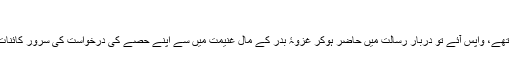
[5]
جنگ بدرکے موقع پر حضرت طلحہ ؓ کسی خاص مہم پر مامور ہوکر ملک شام تشریف لے گئے تھے، واپس آئے تو دربارِ رسالت میں حاضر ہوکر غزوۂ بدر کے مالِ غنیمت میں سے اپنے حصےِ کی درخواست کی سرورِ کائنات ﷺ نے مالِ غنیمت میں حصہ دیا اورفرمایا کہ تم جہاد کے ثواب سے بھی محروم نہیں رہوگے۔